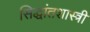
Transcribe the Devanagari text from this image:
सिद्धांतशास्त्री